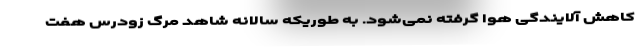
کاهش آلایندگی هوا گرفته نمی‌شود. به طوریکه سالانه شاهد مرگ زودرس هفت